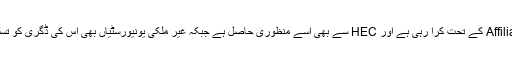
منہاج یونیورسٹی چونکہ مختلف ڈگری پروگرامز پہلے سے ہی پنجاب یونیورسٹی سے Affiliation کے تحت کرا رہی ہے اور HEC سے بھی اسے منظوری حاصل ہے جبکہ غیر ملکی یونیورسٹیاں بھی اس کی ڈگری کو تسلیم کرتی ہیں لہذا حکومت پنجاب سے رجوع کیا گیا کہ منہاج یونیورسٹی کو چارٹر کیا جائے۔